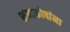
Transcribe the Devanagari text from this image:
शब्दकोषांना